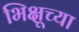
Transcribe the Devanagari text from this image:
भिक्षूच्या